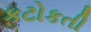
કટોકતી